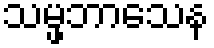
သမ္ဖဘာသေန